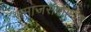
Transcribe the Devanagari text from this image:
समाजसंशोधन